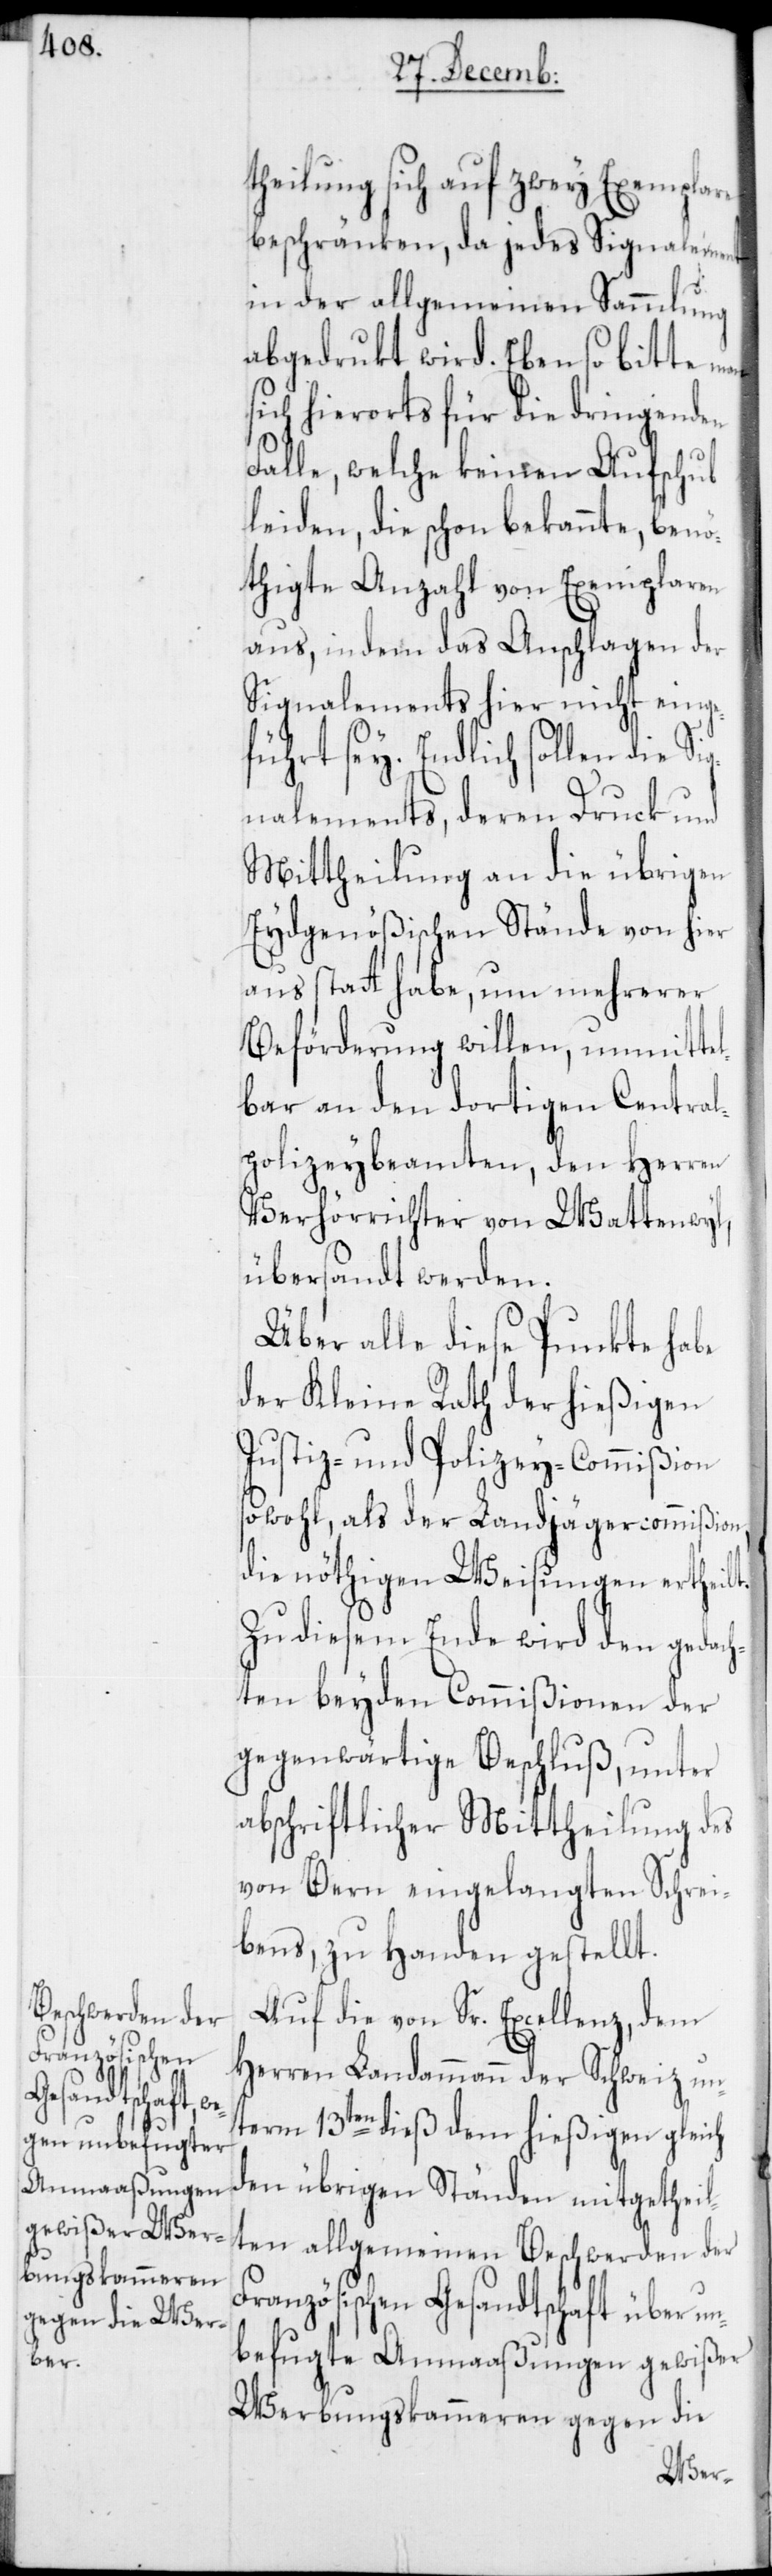
theilung sich auf zwey Exemplare
beschränken, da jedes Signalement
in der allgemeinen Sammlung
abgedrukt wird. Eben so bitte man
hierorts für die dringenden
[sic!], welche keinen Aufschub
leiden, die schon bekannte, benö¬
thigte Anzahl von Exemplaren
aus, indem das Anschlagen der
Signalements hier nicht einge¬
führt sey. Endlich sollen die S¬
ignalements, deren Druck und
Mittheilung an die übrigen
Eydgenößischen Stände von hier
aus statt habe, um mehrerer
Beförderung willen, unmitte¬
lbar an den dortigen Central¬
polizeybeamten, den Herren
Verhörrichter von Wattenwyl,
übersandt werden.
Über alle diese Punkte habe
der Kleine Rath der hießigen
Justiz- und Polizey-Commißion
sowohl, als der Landjägercommißion,
die nöthigen Weisungen ertheilt.
Zu diesem Ende wird den gedach¬
ten beyden Commißionen der
gegenwärtige Beschluß, unter
abschriftlicher Mittheilung des
von Bern eingelangten Schrei¬
bens, zu Handen gestellt.
Auf die von Sr. Excellenz, dem
Herren Landammann der Schweiz un¬
term 13ten dieß dem hießigen gleich
den übrigen Ständen mitgetheil¬
ten allgemeinen Beschwerden der
Französischen Gesandtschaft über u¬
nbefugte Anmaaßungen gewißer
Werbungskammeren gegen die